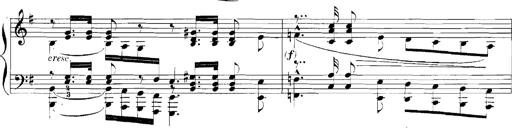
Title: Rhapsodies hongroises
Composer: Franz Liszt